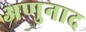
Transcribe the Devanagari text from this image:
अणुनाद